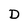
Character: D